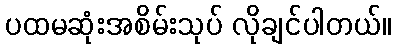
ပထမဆုံးအစိမ်းသုပ် လိုချင်ပါတယ်။